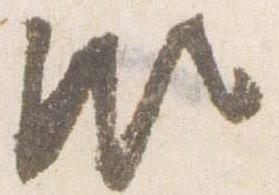
頗